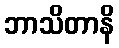
ဘာသိတာနိ